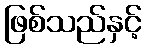
ဖြစ်သည်နှင့်